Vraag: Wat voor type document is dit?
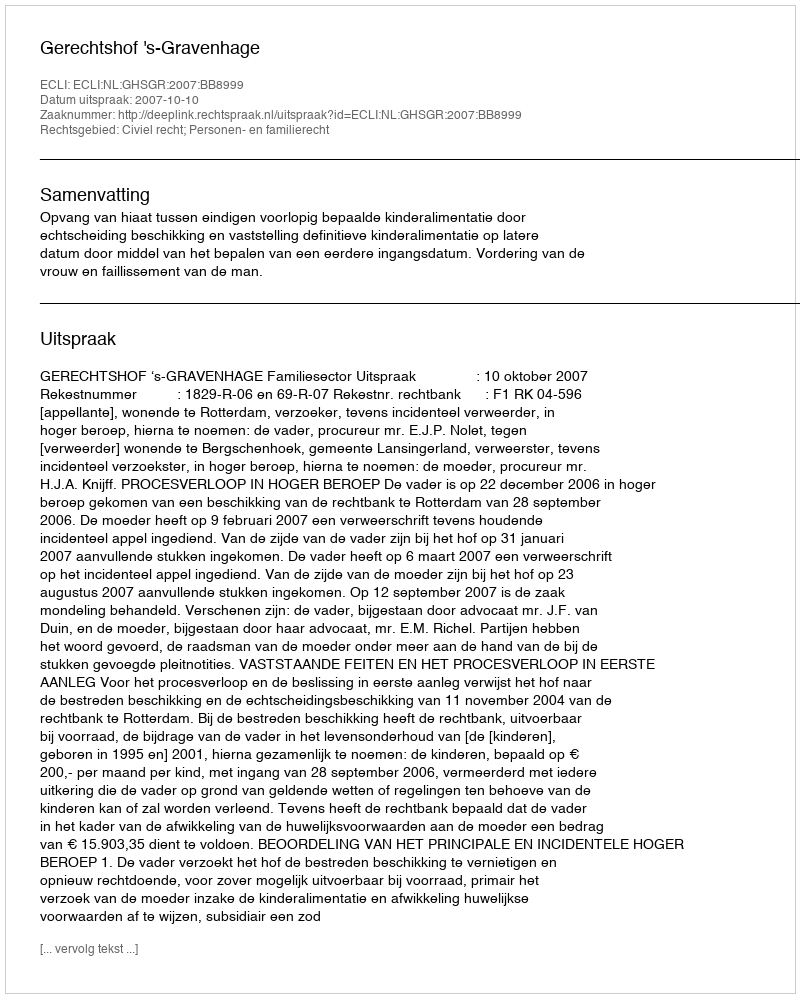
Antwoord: Uitspraak